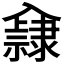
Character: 𨾁